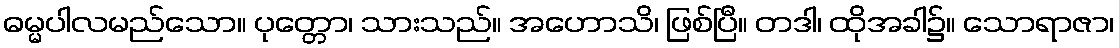
ဓမ္မပါလမည်သော။ ပုတ္တော၊ သားသည်။ အဟောသိ၊ ဖြစ်ပြီ။ တဒါ၊ ထိုအခါ၌။ သောရာဇာ၊